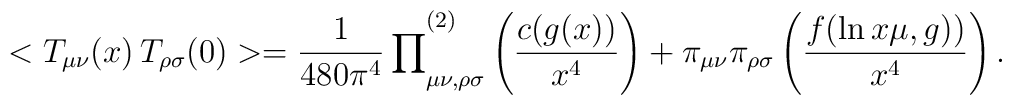
<T_{\mu \nu }(x)\,T_{\rho \sigma }(0)>={\frac{1}{480\pi ^{4}}\prod }_{\mu\nu ,\rho \sigma }^{(2)}\left( {\frac{c(g(x))}{x^{4}}}\right) +\pi _{\mu \nu}\pi _{\rho \sigma }\left( {\frac{f(\ln x\mu ,g))}{x^{4}}}\right) .